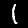
Label: 1